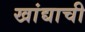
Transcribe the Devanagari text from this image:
खांद्याची